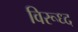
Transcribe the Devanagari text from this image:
विरूध्‍द